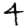
Digit: 4